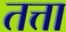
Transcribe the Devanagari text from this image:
तत्ता